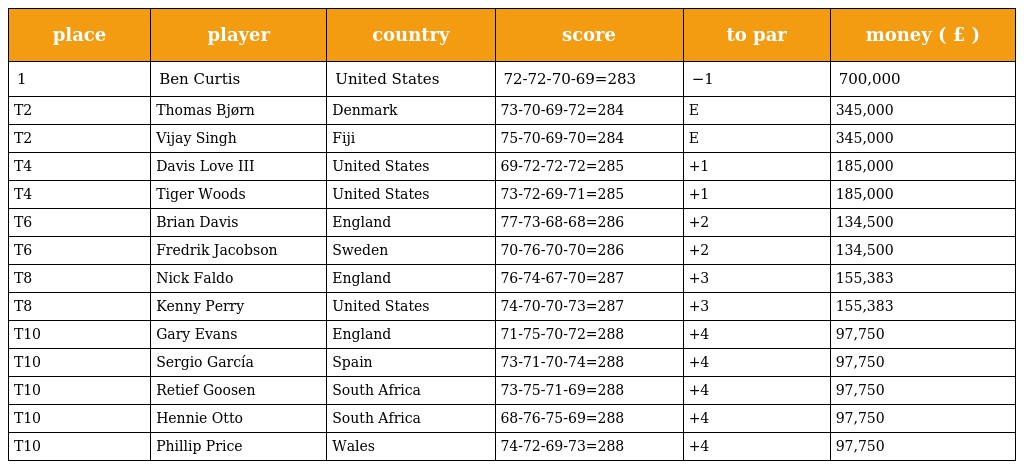
| place | player | country | score | to par | money ( £ ) |
 | --- | --- | --- | --- | --- | --- |
 | 1 | Ben Curtis | United States | 72-72-70-69=283 | −1 | 700,000 |
 | T2 | Thomas Bjørn | Denmark | 73-70-69-72=284 | E | 345,000 |
 | T2 | Vijay Singh | Fiji | 75-70-69-70=284 | E | 345,000 |
 | T4 | Davis Love III | United States | 69-72-72-72=285 | +1 | 185,000 |
 | T4 | Tiger Woods | United States | 73-72-69-71=285 | +1 | 185,000 |
 | T6 | Brian Davis | England | 77-73-68-68=286 | +2 | 134,500 |
 | T6 | Fredrik Jacobson | Sweden | 70-76-70-70=286 | +2 | 134,500 |
 | T8 | Nick Faldo | England | 76-74-67-70=287 | +3 | 155,383 |
 | T8 | Kenny Perry | United States | 74-70-70-73=287 | +3 | 155,383 |
 | T10 | Gary Evans | England | 71-75-70-72=288 | +4 | 97,750 |
 | T10 | Sergio García | Spain | 73-71-70-74=288 | +4 | 97,750 |
 | T10 | Retief Goosen | South Africa | 73-75-71-69=288 | +4 | 97,750 |
 | T10 | Hennie Otto | South Africa | 68-76-75-69=288 | +4 | 97,750 |
 | T10 | Phillip Price | Wales | 74-72-69-73=288 | +4 | 97,750 |